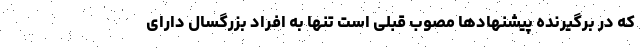
که در برگیرنده پیشنهاد‌ها مصوب قبلی است تنها به افراد بزرگسال دارای